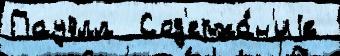
Пауэлл  Сод'ержа́н'иjе